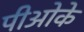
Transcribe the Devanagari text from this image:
पीओके